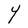
Character: Y